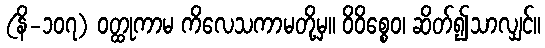
(နိ-၁၀၇) ဝတ္ထုကာမ ကိလေသကာမတို့မှ။ ဝိဝိစ္စေဝ၊ ဆိတ်၍သာလျှင်။